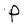
Character: P